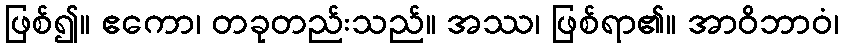
ဖြစ်၍။ ဧကော၊ တခုတည်းသည်။ အဿ၊ ဖြစ်ရာ၏။ အာဝိဘာဝံ၊